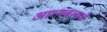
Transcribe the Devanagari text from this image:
आत्मबलाचे